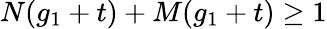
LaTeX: N(g_{1}+t)+M(g_{1}+t)\geq 1